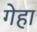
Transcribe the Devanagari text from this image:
गेहा